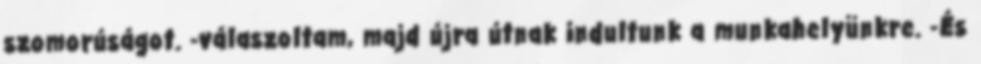
szomorúságot. -válaszoltam, majd újra útnak indultunk a munkahelyünkre. -És